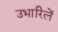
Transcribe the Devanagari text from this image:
उभारिलें